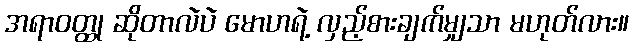
အရာဝတ္ထု ဆိုတာလဲပဲ မောဟရဲ့ လှည့်စားချက်မျှသာ မဟုတ်လား။